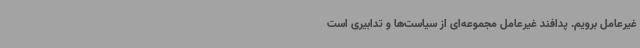
غیرعامل برویم. پدافند غیرعامل مجموعه‌ای از سیاست‌ها و تدابیری است